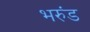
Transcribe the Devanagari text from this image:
भरुंड